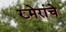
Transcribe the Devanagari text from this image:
ख्मेरांचे